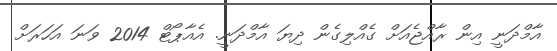
އާމްދަނީ އިން ރާއްޖެއަށް ގެއްލިގެން ދިޔަ އާމްދަނީ. އެއާޕޯޓް 2014 ވަނަ އަހަރަށް